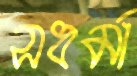
সধর্মা